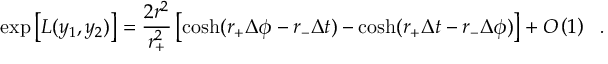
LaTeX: \exp \left[ L ( y _ { 1 } , y _ { 2 } ) \right] = \frac { 2 r ^ { 2 } } { r _ { + } ^ { 2 } } \left[ \cosh ( r _ { + } \Delta \phi - r _ { - } \Delta t ) - \cosh ( r _ { + } \Delta t - r _ { - } \Delta \phi ) \right] + O \left( 1 \right) \ \ .